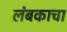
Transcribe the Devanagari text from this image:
लंबकाचा